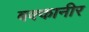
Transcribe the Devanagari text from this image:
बक्कानीर